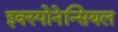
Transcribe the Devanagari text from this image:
इक्स्पोनेन्सियल